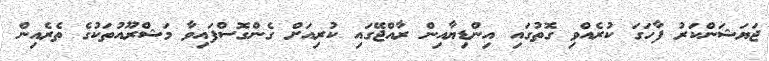
ޖަޔަޝަންކަރު ފާހަގަ ކުރެއްވި ގޮތުގައި އިންޑިޔާއިން ރާއްޖޭގައި ކުރިއަށް ގެންގޮސްފައިވާ މަޝްރޫއުތަކުގެ ތެރެއިން